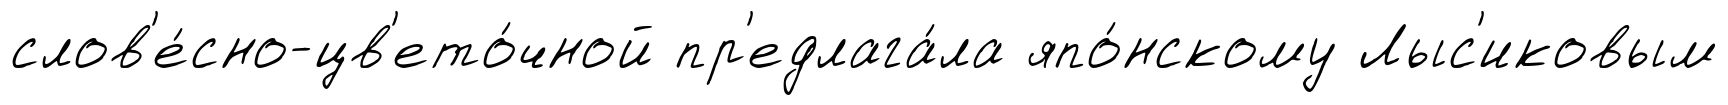
слов'е́сно-цв'ето́чной пр'едлага́ла япо́нскому Лыс'иковым